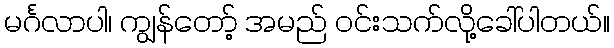
မင်္ဂလာပါ၊ ကျွန်တော့် အမည် ဝင်းသက်လို့ခေါ်ပါတယ်။